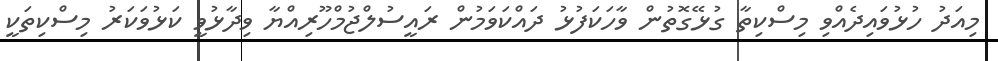
މިއަދު ހުޅުވައިދެއްވި މިސްކިތާ ގުޅޭގޮތުން ވާހަކަފުޅު ދައްކަވަމުން ރައީސުލްޖުމްހޫރިއްޔާ ވިދާޅުވީ ކަޅުވަކަރު މިސްކިތަކީ